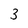
Character: 3